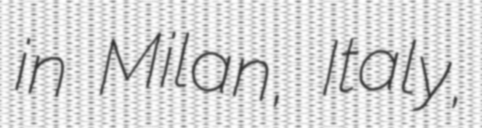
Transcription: in Milan, Italy,